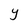
Character: Y